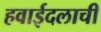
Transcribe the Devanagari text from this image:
हवाईदलाची